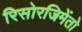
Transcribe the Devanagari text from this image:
रिसोरजिमेंतो